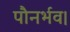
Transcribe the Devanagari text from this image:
पौनर्भव।